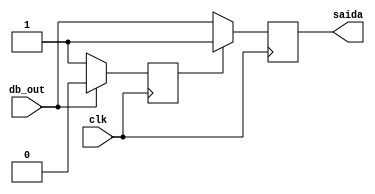
module botaoEstados( clk, db_out, saida );

	input clk, db_out;
	output reg saida;
	reg state = 0;
	
	always @( posedge clk )
	begin
		if( state == 0 )
		begin
			saida <= db_out;
			if( db_out == 0 )
				state <= 1;
		end
		else
		begin
			saida <= 1;
			if( db_out == 1 )
				state <= 0;
		end
	end

endmodule